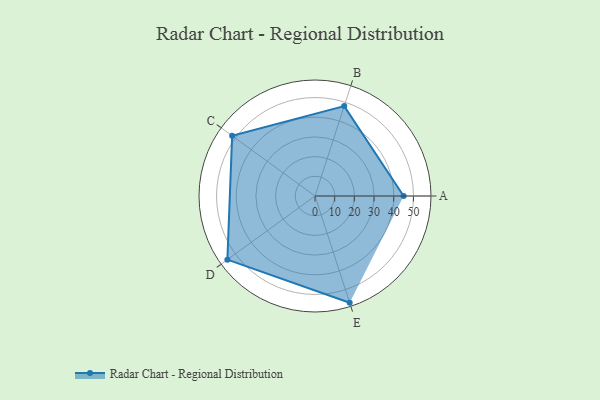
{"axis": {"x": "Skill", "y": "Score"}, "legend": ["Profile"], "data": [{"x": "A", "y": 45.0, "type": "Profile"}, {"x": "B", "y": 48.0, "type": "Profile"}, {"x": "C", "y": 52.0, "type": "Profile"}, {"x": "D", "y": 55.0, "type": "Profile"}, {"x": "E", "y": 57.0, "type": "Profile"}]}